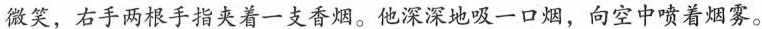
微笑，右手两根手指夹着一支香烟。他深深地吸一口烟，向空中喷着烟雾。